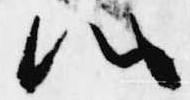
心